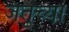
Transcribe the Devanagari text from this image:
जंतुच्या